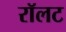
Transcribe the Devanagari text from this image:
रॉलट